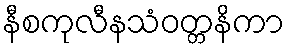
နီစကုလီနသံဝတ္တနိကာ